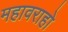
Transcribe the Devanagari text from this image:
महावराहो